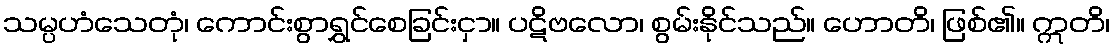
သမ္ပဟံသေတုံ၊ ကောင်းစွာရွှင်စေခြင်းငှာ။ ပဋိဗလော၊ စွမ်းနိုင်သည်။ ဟောတိ၊ ဖြစ်၏။ ဣတိ၊